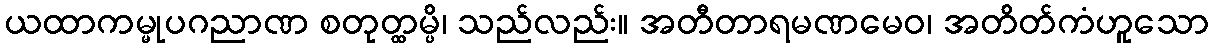
ယထာကမ္မုပဂညာဏ စတုတ္ထမ္ပိ၊ သည်လည်း။ အတီတာရမဏမေဝ၊ အတိတ်ကံဟူသော